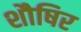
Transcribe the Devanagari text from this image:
शौषिर